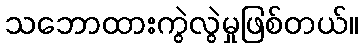
သဘောထားကွဲလွဲမှုဖြစ်တယ်။